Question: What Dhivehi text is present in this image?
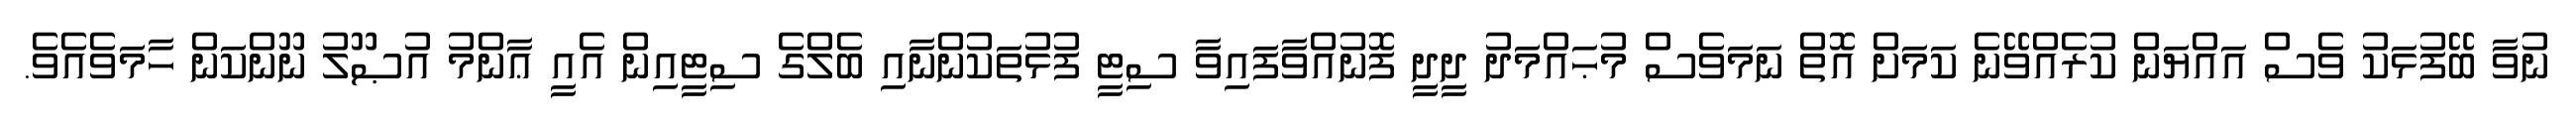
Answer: ނުވާ ބޭފުޅަކު ވެސް އައްޔަން ކުރެއްވޭނެ ކަމަށް އޮތް ނަމަވެސް މުޙައްމަދު ދީދީ ފޮނުއްވާފައިވާ ސިޓީ ފުޅުތަކުންނާއި ބެލްގެ ސިޓީއިން އެއީ ޢާންމު އުޞޫލު ނޫންކަން ހާމަވެއެވެ.